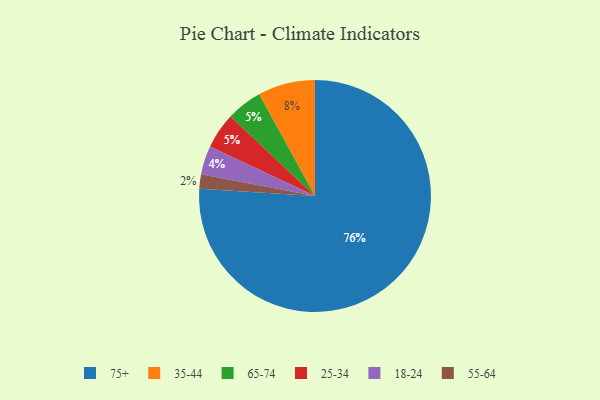
{"axis": {"x": "Category", "y": "Percentage"}, "legend": ["18-24", "25-34", "35-44", "55-64", "65-74", "75+"], "data": [{"x": "65-74", "y": 5, "type": "65-74"}, {"x": "18-24", "y": 4, "type": "18-24"}, {"x": "55-64", "y": 2, "type": "55-64"}, {"x": "75+", "y": 76, "type": "75+"}, {"x": "25-34", "y": 5, "type": "25-34"}, {"x": "35-44", "y": 8, "type": "35-44"}]}